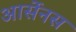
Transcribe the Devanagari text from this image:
आर्सेनस